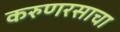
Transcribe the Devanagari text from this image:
करुणरसाचा